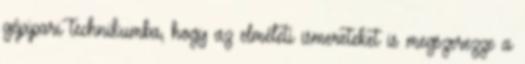
gépipari technikumba, hogy az elméleti ismereteket is megszerezze a